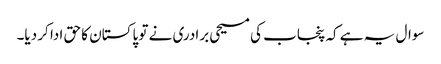
سوال یہ ہے کہ پنجاب کی مسیحی برادری نے تو پاکستان کا حق ادا کر دیا۔